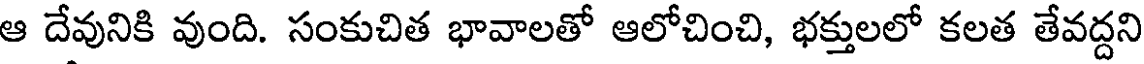
ఆ దేవునికి వుంది. సంకుచిత భావాలతో ఆలోచించి, భక్తులలో కలత తేవద్దని